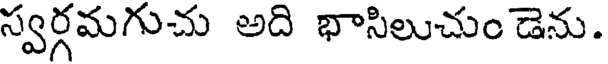
స్వర్గమగుచు అది భాసిలుచుం డెను.